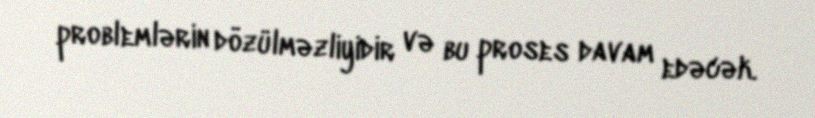
problemlərin dözülməzliyidir və bu proses davam edəcək.